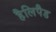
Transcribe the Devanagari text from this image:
हैलिपैड